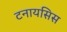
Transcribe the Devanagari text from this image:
टनायसिस